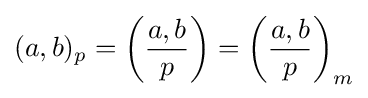
(a,b)_{p}=\left({\frac {a,b}{p}}\right)=\left({\frac {a,b}{p}}\right)_{m}